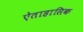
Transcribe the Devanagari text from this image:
ऐताहासिक